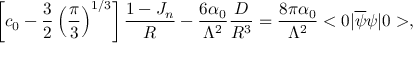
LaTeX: \left[ c _ { 0 } - { \frac { 3 } { 2 } } \left( { \frac { \pi } { 3 } } \right) ^ { 1 / 3 } \right] { \frac { 1 - J _ { n } } { R } } - { \frac { 6 \alpha _ { 0 } } { \Lambda ^ { 2 } } } { \frac { D } { R ^ { 3 } } } = { \frac { 8 \pi \alpha _ { 0 } } { \Lambda ^ { 2 } } } < 0 | \overline { { \psi } } \psi | 0 > ,